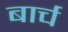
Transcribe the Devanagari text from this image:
बार्च